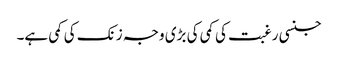
جنسی رغبت کی کمی کی بڑی وجہ زنک کی کمی ہے۔